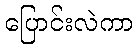
ပြောင်းလဲကာ